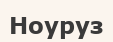
Ноуруз